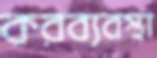
করব্যবস্থা